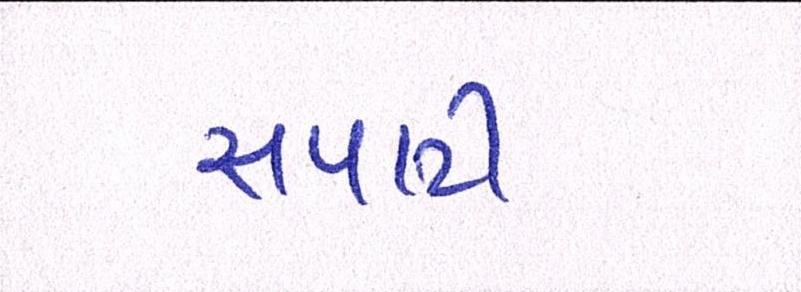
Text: સપાટી